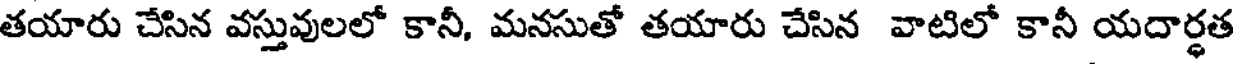
తయారు చేసిన వస్తువులలో కానీ, మనసుతో తయారు చేసిన వాటిలో కానీ యదార్థత